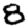
Digit: 8